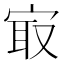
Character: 㝡